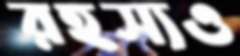
রহস্যও